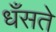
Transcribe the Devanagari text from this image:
धँसते